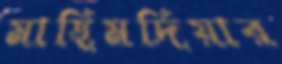
মাছিমদিয়ার